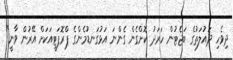
ދިވެހި ދައުލަތުގެ ބަޖެޓުން ހަރަދު ކޮށްގެން ގެންނަ އަޅުގަނޑުމެންގެ ޕްރޮޕަޓީއަކަށް އޭރުން ވާނީ"